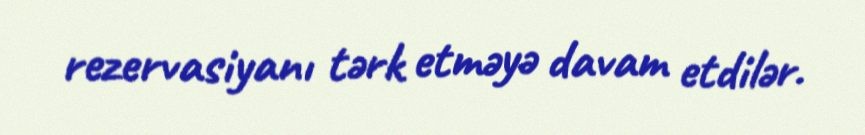
rezervasiyanı tərk etməyə davam etdilər.